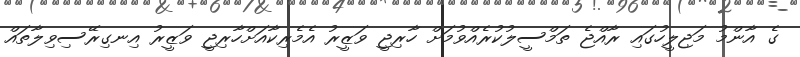
ގެ އާންމު މަޖިލީހުގައި ރާއްޖެ ތަމްސީލުކުރެއްވުމަށް ހާރިޖީ ވަޒީރު އެމެރިކާއަށްހާރިޖީ ވަޒީރު އިނގިރޭސިވިލާތައް